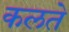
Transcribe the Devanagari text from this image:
कलते